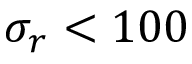
\sigma _ { r } < 1 0 0